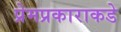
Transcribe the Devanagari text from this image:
प्रेमप्रकाराकडे